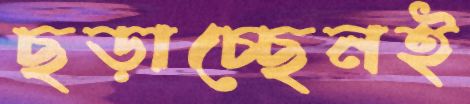
ছড়াচ্ছেনই